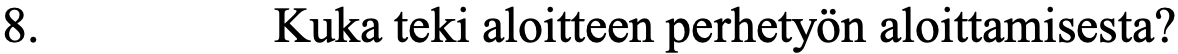
8.       Kuka teki aloitteen perhetyön aloittamisesta?